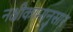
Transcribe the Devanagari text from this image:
नक्षीकामानुसार